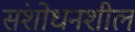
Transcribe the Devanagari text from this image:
संशोधनशील